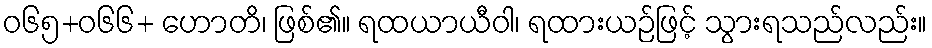
ဝ၆၅+၀၆၆+ ဟောတိ၊ ဖြစ်၏။ ရထယာယီဝါ၊ ရထားယဉ်ဖြင့် သွားရသည်လည်း။